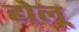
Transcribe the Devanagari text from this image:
होलू